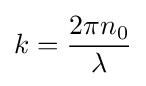
k={2\pi n_{0} \over \lambda }